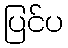
ပြင်ပ